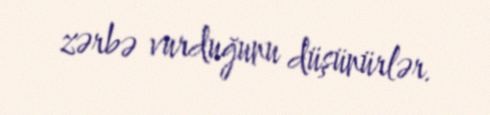
zərbə vurduğunu düşünürlər.